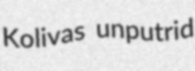
Kolivas unputrid